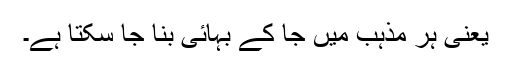
یعنی ہر مذہب میں جا کے بہائی بنا جا سکتا ہے۔